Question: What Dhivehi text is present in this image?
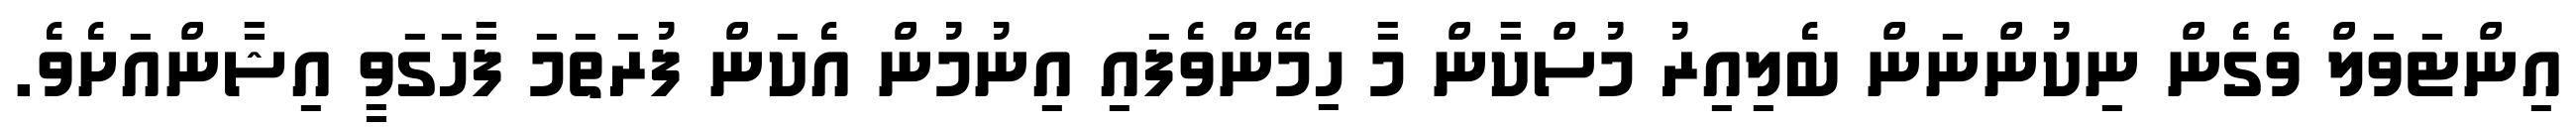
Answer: އިންޓަވަލް ވެގެން ނިކުންނަން ބެލިއިރު މުސްކާން މާ ހިމޭންވެފައި އިނުމުން އެކަން ފުރަތަމަ ފާހަގަވީ އިޝާންއަށެވެ.